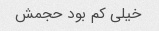
خیلی کم بود حجمش